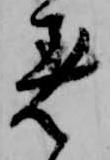
着